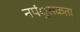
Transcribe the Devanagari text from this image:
नपंुसकता